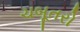
ચબૂતરો